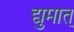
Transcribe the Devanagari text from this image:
द्युमात्